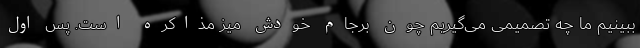
ببینیم ما چه تصمیمی می‌گیریم چون برجام خودش میز مذاکره است. پس اول